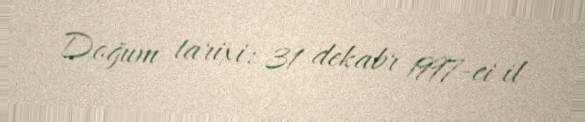
Doğum tarixi: 31 dekabr 1997-ci il